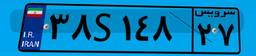
۰۱S۹۸۶۱۶